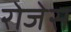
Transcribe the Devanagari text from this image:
रोजेस